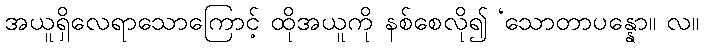
အယူရှိလေရာသောကြောင့် ထိုအယူကို နစ်စေလို၍ ‘သောတာပန္နော။ လ။